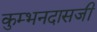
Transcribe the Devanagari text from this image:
कुम्भनदासजी